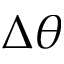
\Delta \theta